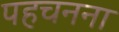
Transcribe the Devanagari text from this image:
पहचनना